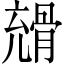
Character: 𩩇